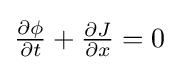
{\textstyle {\frac {\partial \phi }{\partial t}}+{\frac {\partial J}{\partial x}}=0}